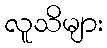
လူသိများ